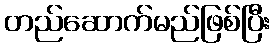
တည်ဆောက်မည်ဖြစ်ပြီး